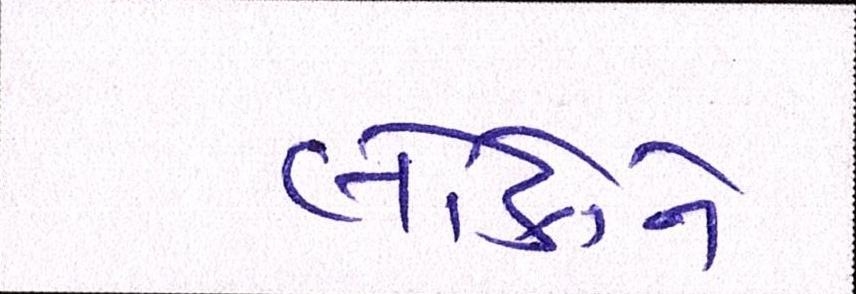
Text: લોકોને